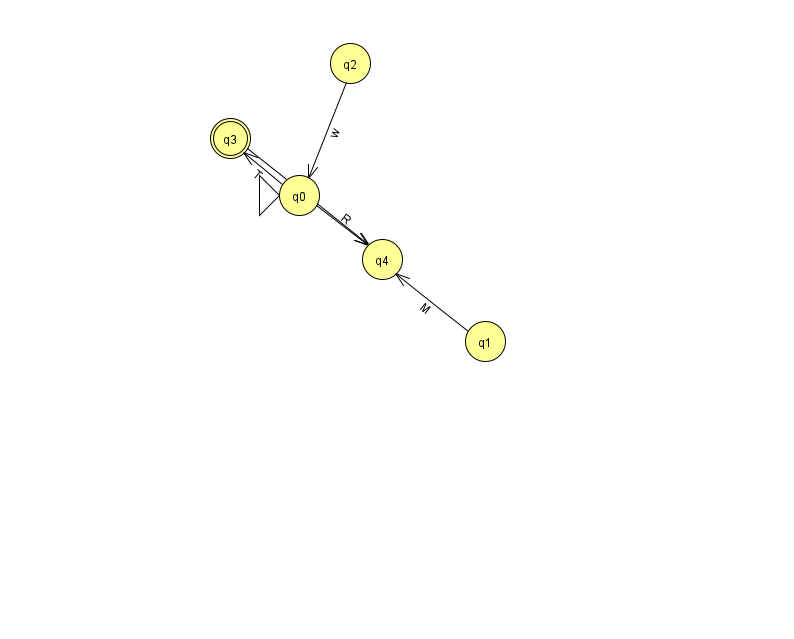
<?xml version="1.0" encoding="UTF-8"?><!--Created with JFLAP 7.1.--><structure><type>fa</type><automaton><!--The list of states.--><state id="0" name="q0"><x>299.0</x><y>182.0</y><initial/></state><state id="1" name="q1"><x>485.0</x><y>328.0</y></state><state id="2" name="q2"><x>350.0</x><y>50.0</y></state><state id="3" name="q3"><x>230.0</x><y>125.0</y><final/></state><state id="4" name="q4"><x>382.0</x><y>246.0</y></state><!--The list of transitions.--><transition><from>0</from><to>4</to><read>R</read></transition><transition><from>2</from><to>0</to><read>w</read></transition><transition><from>1</from><to>4</to><read>M</read></transition><transition><from>0</from><to>3</to><read>T</read></transition><transition><from>3</from><to>4</to><read>v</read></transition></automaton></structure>